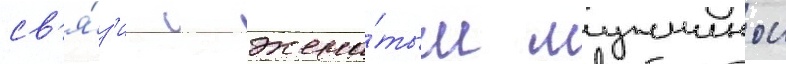
св'я́з'и с жена́тым мужчинои